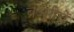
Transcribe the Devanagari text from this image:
ब्रुअरीचे